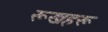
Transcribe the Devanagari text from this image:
रूखहरू